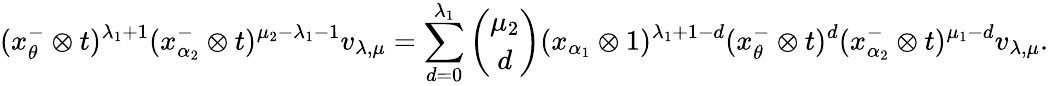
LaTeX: (x_{\theta}^{-}\otimes t)^{\lambda_{1}+1}(x_{\alpha_{2}}^{-}\otimes t)^{\mu_{2}-\lambda_{1}-1}v_{\lambda,\mu}=\sum_{d=0}^{\lambda_{1}}{\binom{\mu_{2}}{d}}(x_{\alpha_{1}}\otimes 1)^{\lambda_{1}+1-d}(x_{\theta}^{-}\otimes t)^{d}(x_{\alpha_{2}}^{-}\otimes t)^{\mu_{1}-d}v_{\lambda,\mu}.